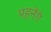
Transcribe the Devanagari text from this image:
पहनेंगे